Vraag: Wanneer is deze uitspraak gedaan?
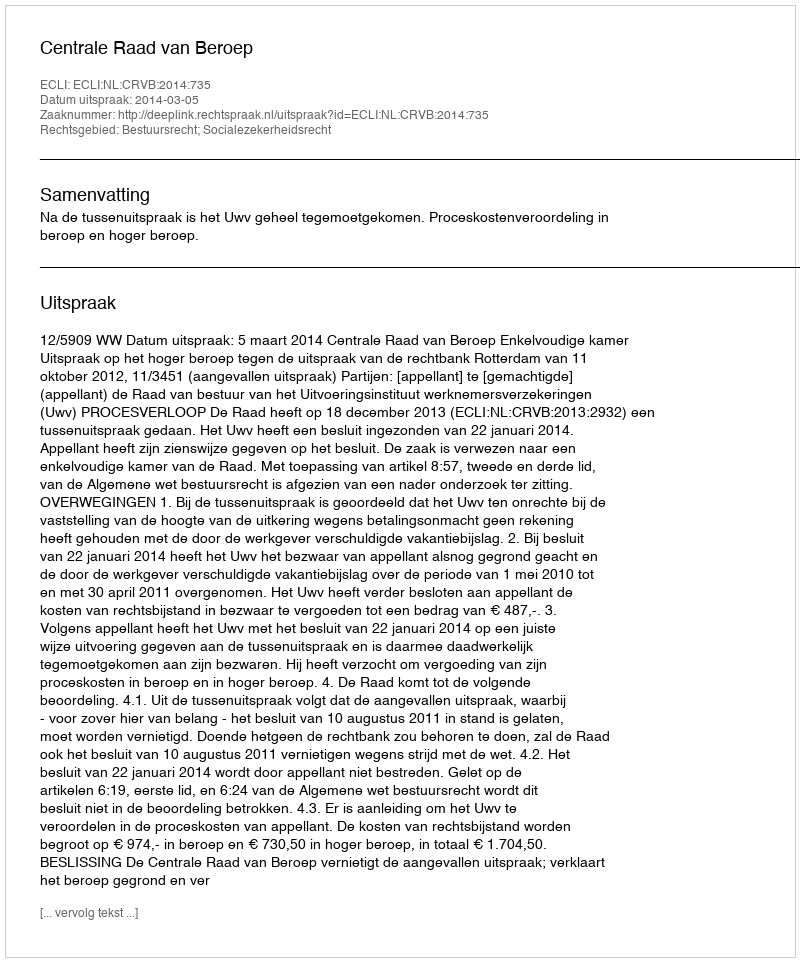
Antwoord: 2014-03-05